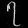
Digit: ၇